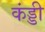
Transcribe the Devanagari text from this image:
कंड्डी